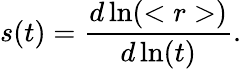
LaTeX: s(t)=\frac{d\ln(<r>)}{d\ln(t)}.